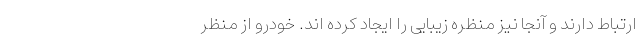
ارتباط دارند و آنجا نیز منظره زیبایی را ایجاد کرده اند. خودرو از منظر